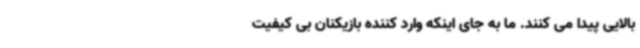
بالایی پیدا می کنند. ما به جای اینکه وارد کننده بازیکنان بی کیفیت